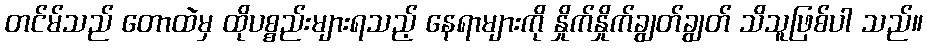
တင်မ်သည် တောထဲမှ ထိုပစ္စည်းများရသည့် နေရာများကို နှိုက်နှိုက်ချွတ်ချွတ် သိသူဖြစ်ပါ သည်။